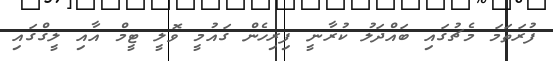
ފުރަތަމަ މެޗުގައި ބައްދަލު ކުރާނީ ފިރިހެން ގައުމީ ވޮލީ ޓީމް އާއި ލީގްގައި